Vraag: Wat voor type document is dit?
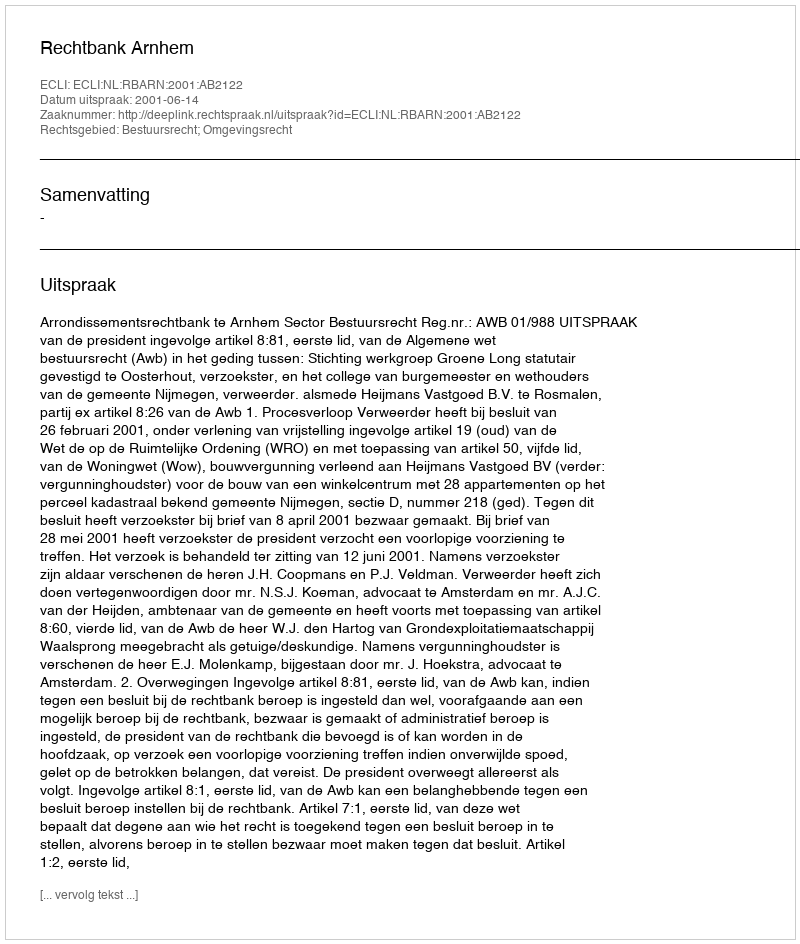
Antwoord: Uitspraak